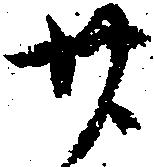
廿